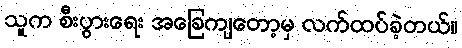
သူက စီးပွားရေး အခြေကျတော့မှ လက်ထပ်ခဲ့တယ်။